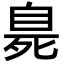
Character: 臰